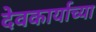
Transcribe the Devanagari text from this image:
देवकार्याच्या